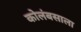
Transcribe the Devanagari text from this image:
कोलंबसाला